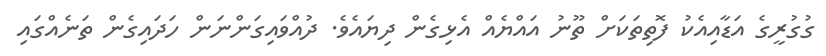
ގުގުރީގެ އަޑާއިއެކު ފޮތިތަކަށް ތޫނު އައްޔެއް އެޅިގެން ދިޔައެވެ. ދުއްވައިގަންނަން ހަދައިގެން ތަނެއްގައި